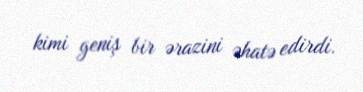
kimi geniş bir ərazini əhatə edirdi.